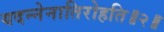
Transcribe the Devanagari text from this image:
यदन्नेनातिरोहति॥२॥